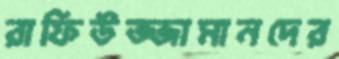
রাফিউজ্জামানদের